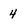
Character: 4